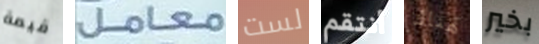
قيمة معامل لست أنتقم هناك بخير